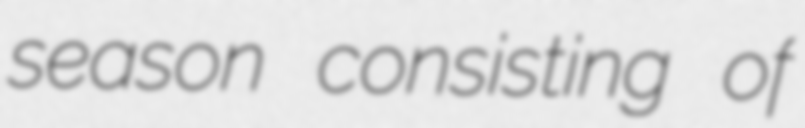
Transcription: season consisting of